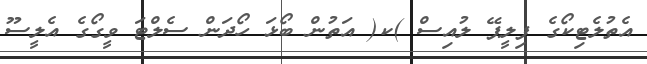
އެތުލެޓިކޯގެ ފިލީޕޭ ލުއިސް )ކ( އަތުން ބޯޅަ ހޯދަން ސެލްޓަ ވީގޯގެ އެލީސޫ